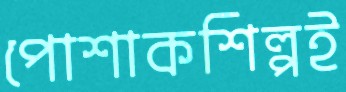
পোশাকশিল্পই